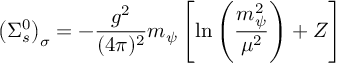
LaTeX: \left( \Sigma _ { s } ^ { 0 } \right) _ { \sigma } = - \frac { g ^ { 2 } } { ( 4 \pi ) ^ { 2 } } m _ { \psi } \left[ \ln \left( \frac { m _ { \psi } ^ { 2 } } { \mu ^ { 2 } } \right) + Z \right]